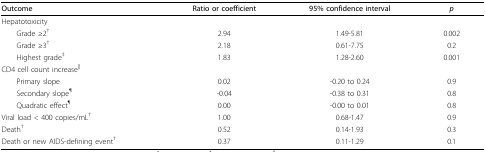
| Outcome | Ratio or coefficient | 95% confidence interval | p |
 | --- | --- | --- | --- |
 | Hepatotoxicity |  |  |  |
 | Grade ≥2† | 2.94 | 1.49-5.81 | 0.002 |
 | Grade ≥3† | 2.18 | 0.61-7.75 | 0.2 |
 | Highest grade‡ | 1.83 | 1.28-2.60 | 0.001 |
 | CD4 cell count increase|| |  |  |  |
 | Primary slope | 0.02 | -0.20 to 0.24 | 0.9 |
 | Secondary slope¶ | -0.04 | -0.38 to 0.31 | 0.8 |
 | Quadratic effect¶ | 0.00 | -0.00 to 0.01 | 0.8 |
 | Viral load < 400 copies/mL† | 1.00 | 0.68-1.47 | 0.9 |
 | Death† | 0.52 | 0.14-1.93 | 0.3 |
 | Death or new AIDS-defining event† | 0.37 | 0.11-1.29 | 0.1 |